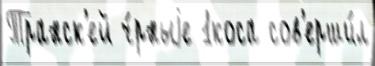
Транск'ей ч́рныjе 1коса сов'ерши́л